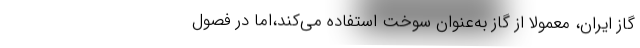
گاز ایران، معمولاً از گاز به‌عنوان سوخت استفاده می‌کند،اما در فصول